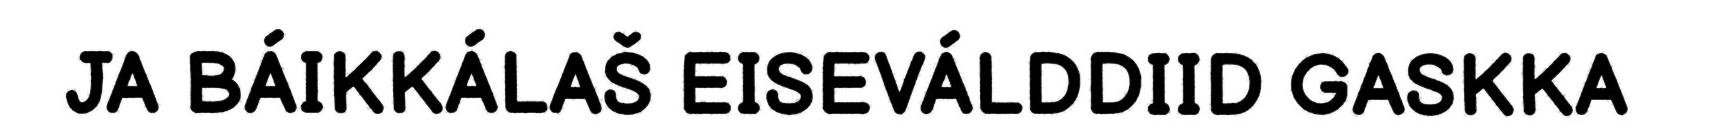
JA BÁIKKÁLAŠ EISEVÁLDDIID GASKKA